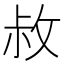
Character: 𭣬